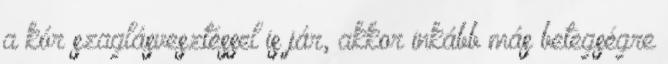
a kór szaglásvesztéssel is jár, akkor inkább más betegségre